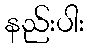
နည်းပါး